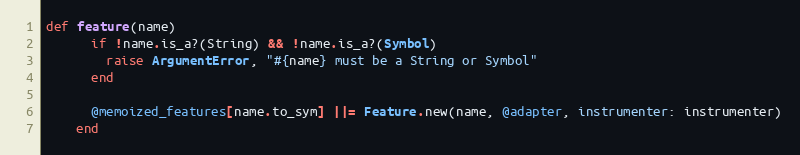
Language: Ruby
def feature(name)
      if !name.is_a?(String) && !name.is_a?(Symbol)
        raise ArgumentError, "#{name} must be a String or Symbol"
      end

      @memoized_features[name.to_sym] ||= Feature.new(name, @adapter, instrumenter: instrumenter)
    end